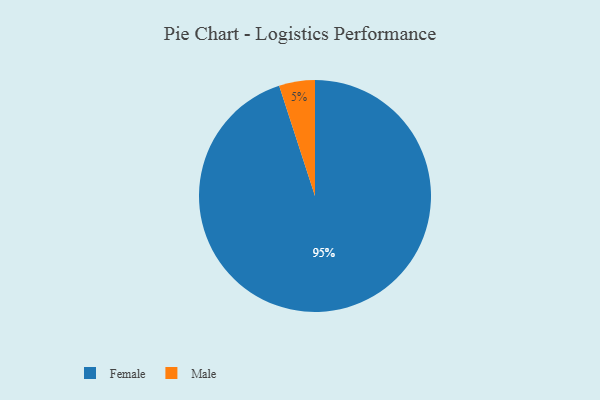
{"axis": {"x": "Category", "y": "Percentage"}, "legend": ["Female", "Male"], "data": [{"x": "Male", "y": 5, "type": "Male"}, {"x": "Female", "y": 95, "type": "Female"}]}